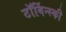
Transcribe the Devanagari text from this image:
टॉर्बिन्स्की